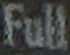
Full